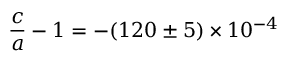
{ \frac { c } { a } } - 1 = - ( 1 2 0 \pm 5 ) \times 1 0 ^ { - 4 }